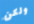
ولكن